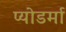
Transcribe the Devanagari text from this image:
प्योडर्मा